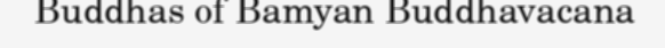
Buddhas of Bamyan Buddhavacana